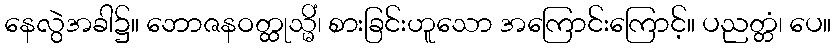
နေလွဲအခါ၌။ ဘောဇနဝတ္ထုသ္မိံ၊ စားခြင်းဟူသော အကြောင်းကြောင့်။ ပညတ္တံ၊ ပေ။